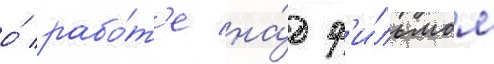
о́ рабо́т'е на́д ф'и́льмом